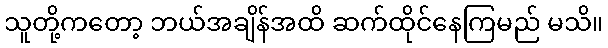
သူတို့ကတော့ ဘယ်အချိန်အထိ ဆက်ထိုင်နေကြမည် မသိ။